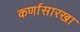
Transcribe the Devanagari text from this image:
कर्णासारखा